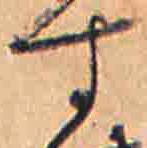
す